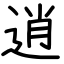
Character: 逍